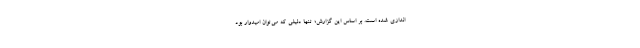
اندازی شده است. بر اساس این گزارش؛ تنها دلیلی که می‌توان امیدوار بود